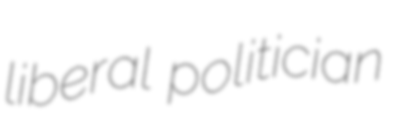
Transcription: liberal politician